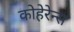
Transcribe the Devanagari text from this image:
कोहेरेन्स